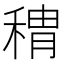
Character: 䅢